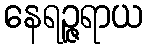
နေရဉ္ဇရာယ